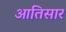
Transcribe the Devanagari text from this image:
आतिसार